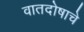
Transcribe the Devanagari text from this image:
वातदोषाचे